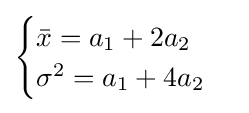
{\begin{cases}{\bar {x}}=a_{1}+2a_{2}\\\sigma ^{2}=a_{1}+4a_{2}\end{cases}}